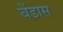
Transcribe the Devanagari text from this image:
बेंडास